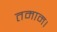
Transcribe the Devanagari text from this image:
तमाम।